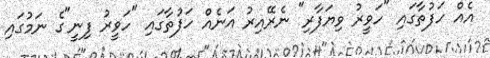
އެއް ހަފުތާގައި "ހަވީރު ވިޔަފާރި" ނެރޭއިރު އަނެއް ހަފުތާގައި "ހަވީރު ފިނީ"ގެ ނަމުގައި